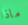
ماذا